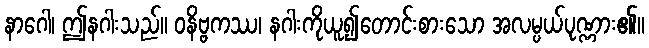
နာဂေါ၊ ဤနဂါးသည်။ ဝနိဗ္ဗကဿ၊ နဂါးကိုယူ၍တောင်းစားသော အလမ္ပယ်ပုဏ္ဏား၏။